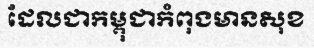
ដែលជាកម្ពុជាកំពុងមានសុខ